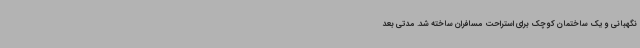
نگهبانی و یک ساختمان کوچک برای استراحت مسافران ساخته شد. مدتی بعد